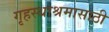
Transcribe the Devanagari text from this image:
गृहस्थाश्रमासाठी